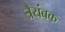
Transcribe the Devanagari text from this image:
त्रैयंबक